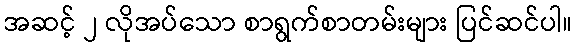
အဆင့် ၂ လိုအပ်သော စာရွက်စာတမ်းများ ပြင်ဆင်ပါ။